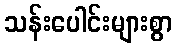
သန်းပေါင်းများစွာ